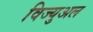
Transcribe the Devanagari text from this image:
विज्युअल